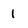
Character: 1